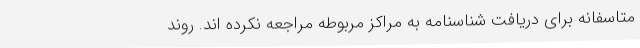
متاسفانه برای دریافت شناسنامه به مراکز مربوطه مراجعه نکرده اند. روند